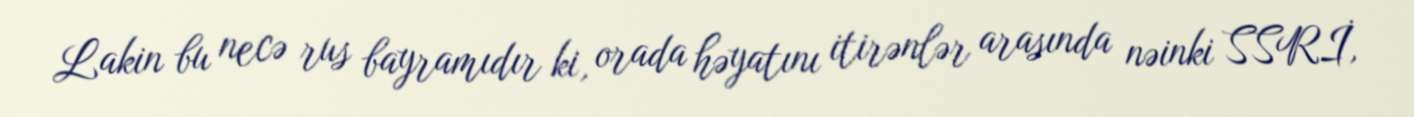
Lakin bu necə rus bayramıdır ki, orada həyatını itirənlər arasında nəinki SSRİ,